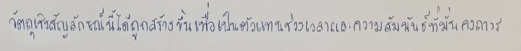
วัตถุเชิงสัญลักษณ์นี้ได้ถูกสร้างขึ้นเพื่อเป็นตัวแทนช่วงเวลาและความสัมพันธ์ที่มั่นคงถาวร